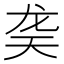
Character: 䶮